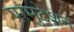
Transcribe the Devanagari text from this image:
परमुटेशन